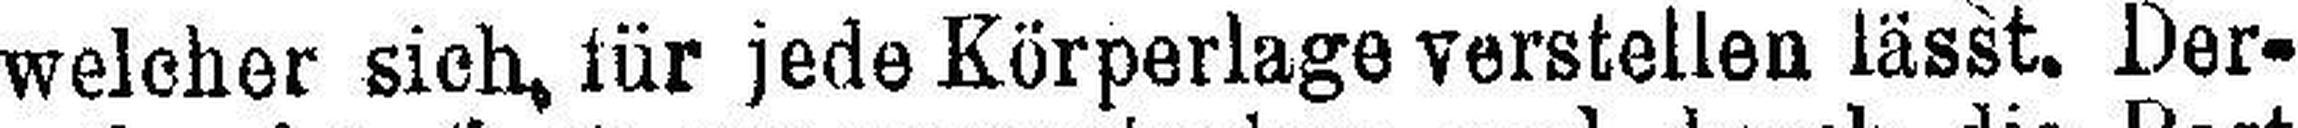
welcher sich, für jede Körperlage verstellen lässt. Der¬